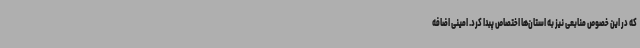
که در این خصوص منابعی نیز به استان‌ها اختصاص پبدا کرد. امینی اضافه